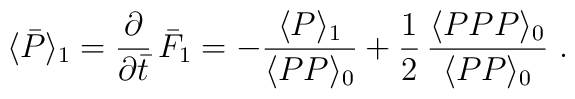
\langle\bar{P}\rangle_1 = {\partial\over\partial\bar{t}}\,\bar{F}_1 =-{\langle P\rangle_1 \over \langle PP \rangle_0} +{1\over 2}\, {\langle PPP \rangle_0\over \langle PP \rangle_0}\ .